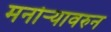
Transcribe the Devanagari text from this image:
मनोऱ्यावरुन